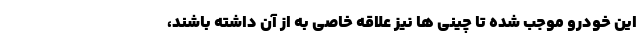
این خودرو موجب شده تا چینی ها نیز علاقه خاصی به از آن داشته باشند،